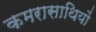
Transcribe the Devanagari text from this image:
कमरासाथियों